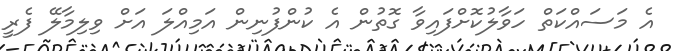
އެ މަސައްކަތް ހަވާލުކޮށްފައިވާ ގޮތުން އެ ކުންފުނިން އަމިއްލަ އަށް ވިލިމާލޭ ފެރީ